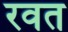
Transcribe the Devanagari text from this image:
रवत